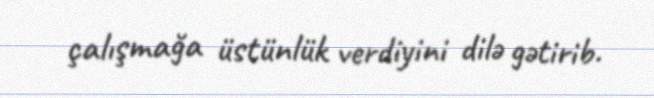
çalışmağa üstünlük verdiyini dilə gətirib.